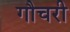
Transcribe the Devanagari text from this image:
गौचरी